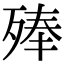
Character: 𣨞